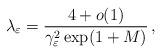
LaTeX: \begin{align*}\lambda_\varepsilon=\frac{4+o(1)}{\gamma_\varepsilon^2\exp(1+M)}\,,\end{align*}